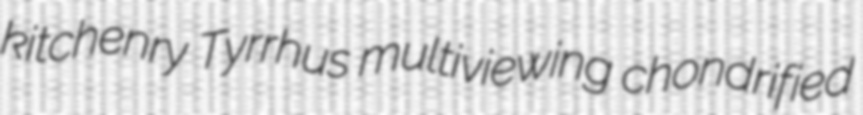
kitchenry Tyrrhus multiviewing chondrified